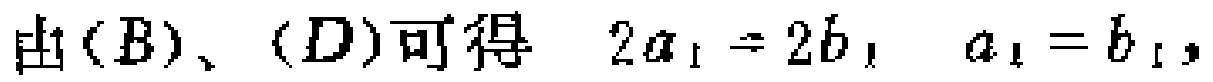
由$(B)、(D)可得\ 2a_{1}=2b_{1},\ a_{1}=b_{1},$